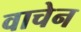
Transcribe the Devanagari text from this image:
वाचेन